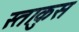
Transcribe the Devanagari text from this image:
स्ताकुस